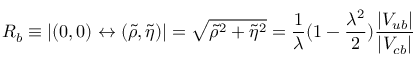
R _ { b } \equiv | ( 0 , 0 ) \leftrightarrow ( \tilde { \rho } , \tilde { \eta } ) | = \sqrt { \tilde { \rho } ^ { 2 } + \tilde { \eta } ^ { 2 } } = \frac { 1 } { \lambda } ( 1 - \frac { \lambda ^ { 2 } } { 2 } ) \frac { | V _ { u b } | } { | V _ { c b } | }